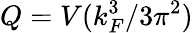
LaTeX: Q=V(k_{F}^{3}/3\pi^{2})